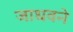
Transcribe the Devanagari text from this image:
जाधवने